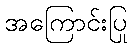
အကြောင်းပြု